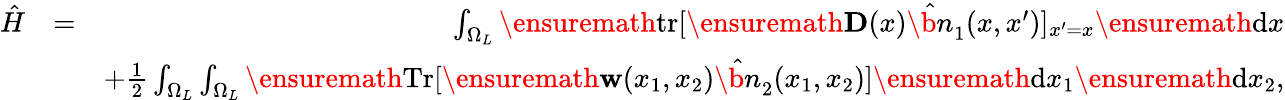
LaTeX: \begin{array}{rlr}{\hat{H}}&{=}&{\int_{\Omega_{L}}\ensuremath{\mathrm{tr}}[\ensuremath{\mathbf{D}}(x)\hat{\b{n}}_{1}(x,x^{\prime})]_{x^{\prime}=x}\ensuremath{\mathrm{d}}x}\\ &{}&{+\frac{1}{2}\int_{\Omega_{L}}\int_{\Omega_{L}}\ensuremath{\mathrm{Tr}}[\ensuremath{\mathbf{w}}(x_{1},x_{2})\hat{\b{n}}_{2}(x_{1},x_{2})]\ensuremath{\mathrm{d}}x_{1}\ensuremath{\mathrm{d}}x_{2},}\end{array}